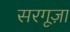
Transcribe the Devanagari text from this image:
सरगूज़ा